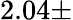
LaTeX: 2.04\pm